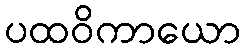
ပထဝိကာယော